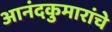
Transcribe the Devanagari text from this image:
आनंदकुमारांचे